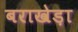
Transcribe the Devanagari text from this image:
बराखेड़ा